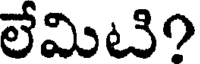
లేమిటి?